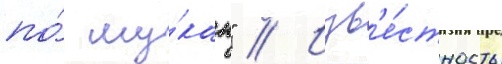
по́ му́кам" // Изв'е́стность